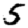
Digit: 5